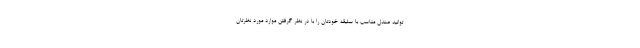
توانید صندل مناسب با سلیقه خودتان را با در نظر گرفتن موارد مورد نظرتان